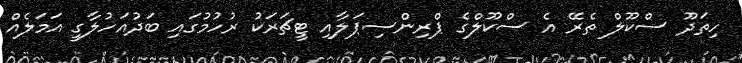
ހިތަދޫ ސްކޫލް ތެރޭ އެ ސްކޫލްގެ ޕްރިންސިޕަލާއި ޓީޗަރަކު ރުހުމުގައި ބަދުއަހުލާގީ އަމަލެއް